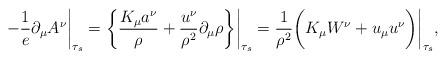
LaTeX: \begin{align*}-\frac{1}{e}\partial_{\mu}A^{\nu}{\bigg|}_{\tau_{s}}=\bigg{\{}\frac{K_{\mu}a^{\nu}}{\rho}+\frac{u^{\nu}}{\rho^{2}}\partial_{\mu}\rho\bigg{\}}{\bigg|}_{\tau_{s}}=\frac{1}{\rho^{2}}{\bigg(}K_{\mu}W^{\nu}+u_{\mu}u^{\nu}{\bigg)}{\bigg|}_{\tau_{s}},\end{align*}